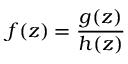
f ( z ) = { \frac { g ( z ) } { h ( z ) } }